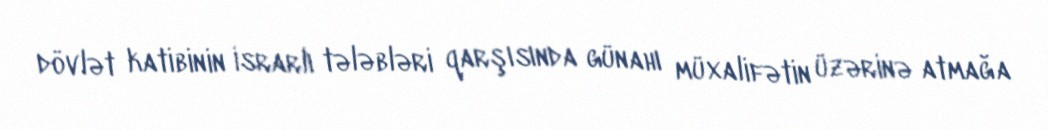
dövlət katibinin israrlı tələbləri qarşısında günahı müxalifətin üzərinə atmağa